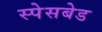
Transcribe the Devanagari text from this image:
स्पेसबेड